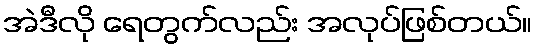
အဲဒီလို ရေတွက်လည်း အလုပ်ဖြစ်တယ်။